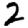
Digit: 2